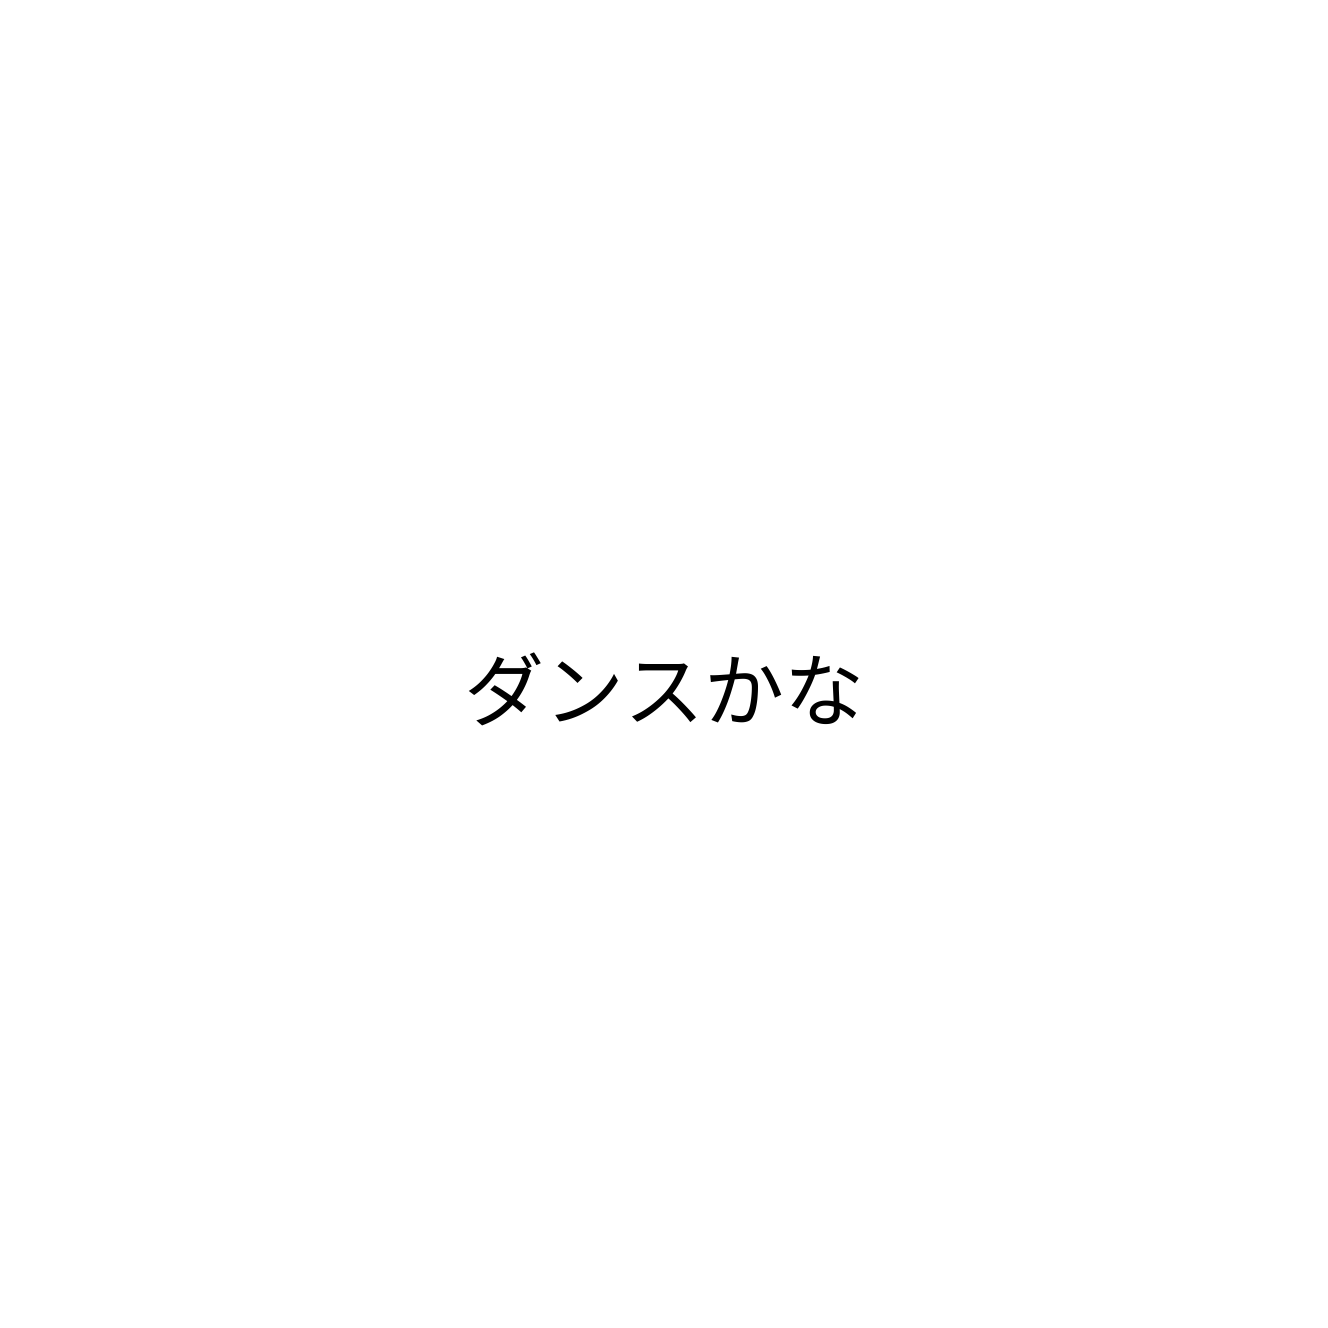
ダンスかな